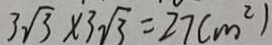
3 \sqrt { 3 } \times 3 \sqrt { 3 } = 2 7 ( m ^ { 2 } )